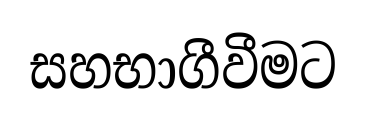
සහභාගීවීමට